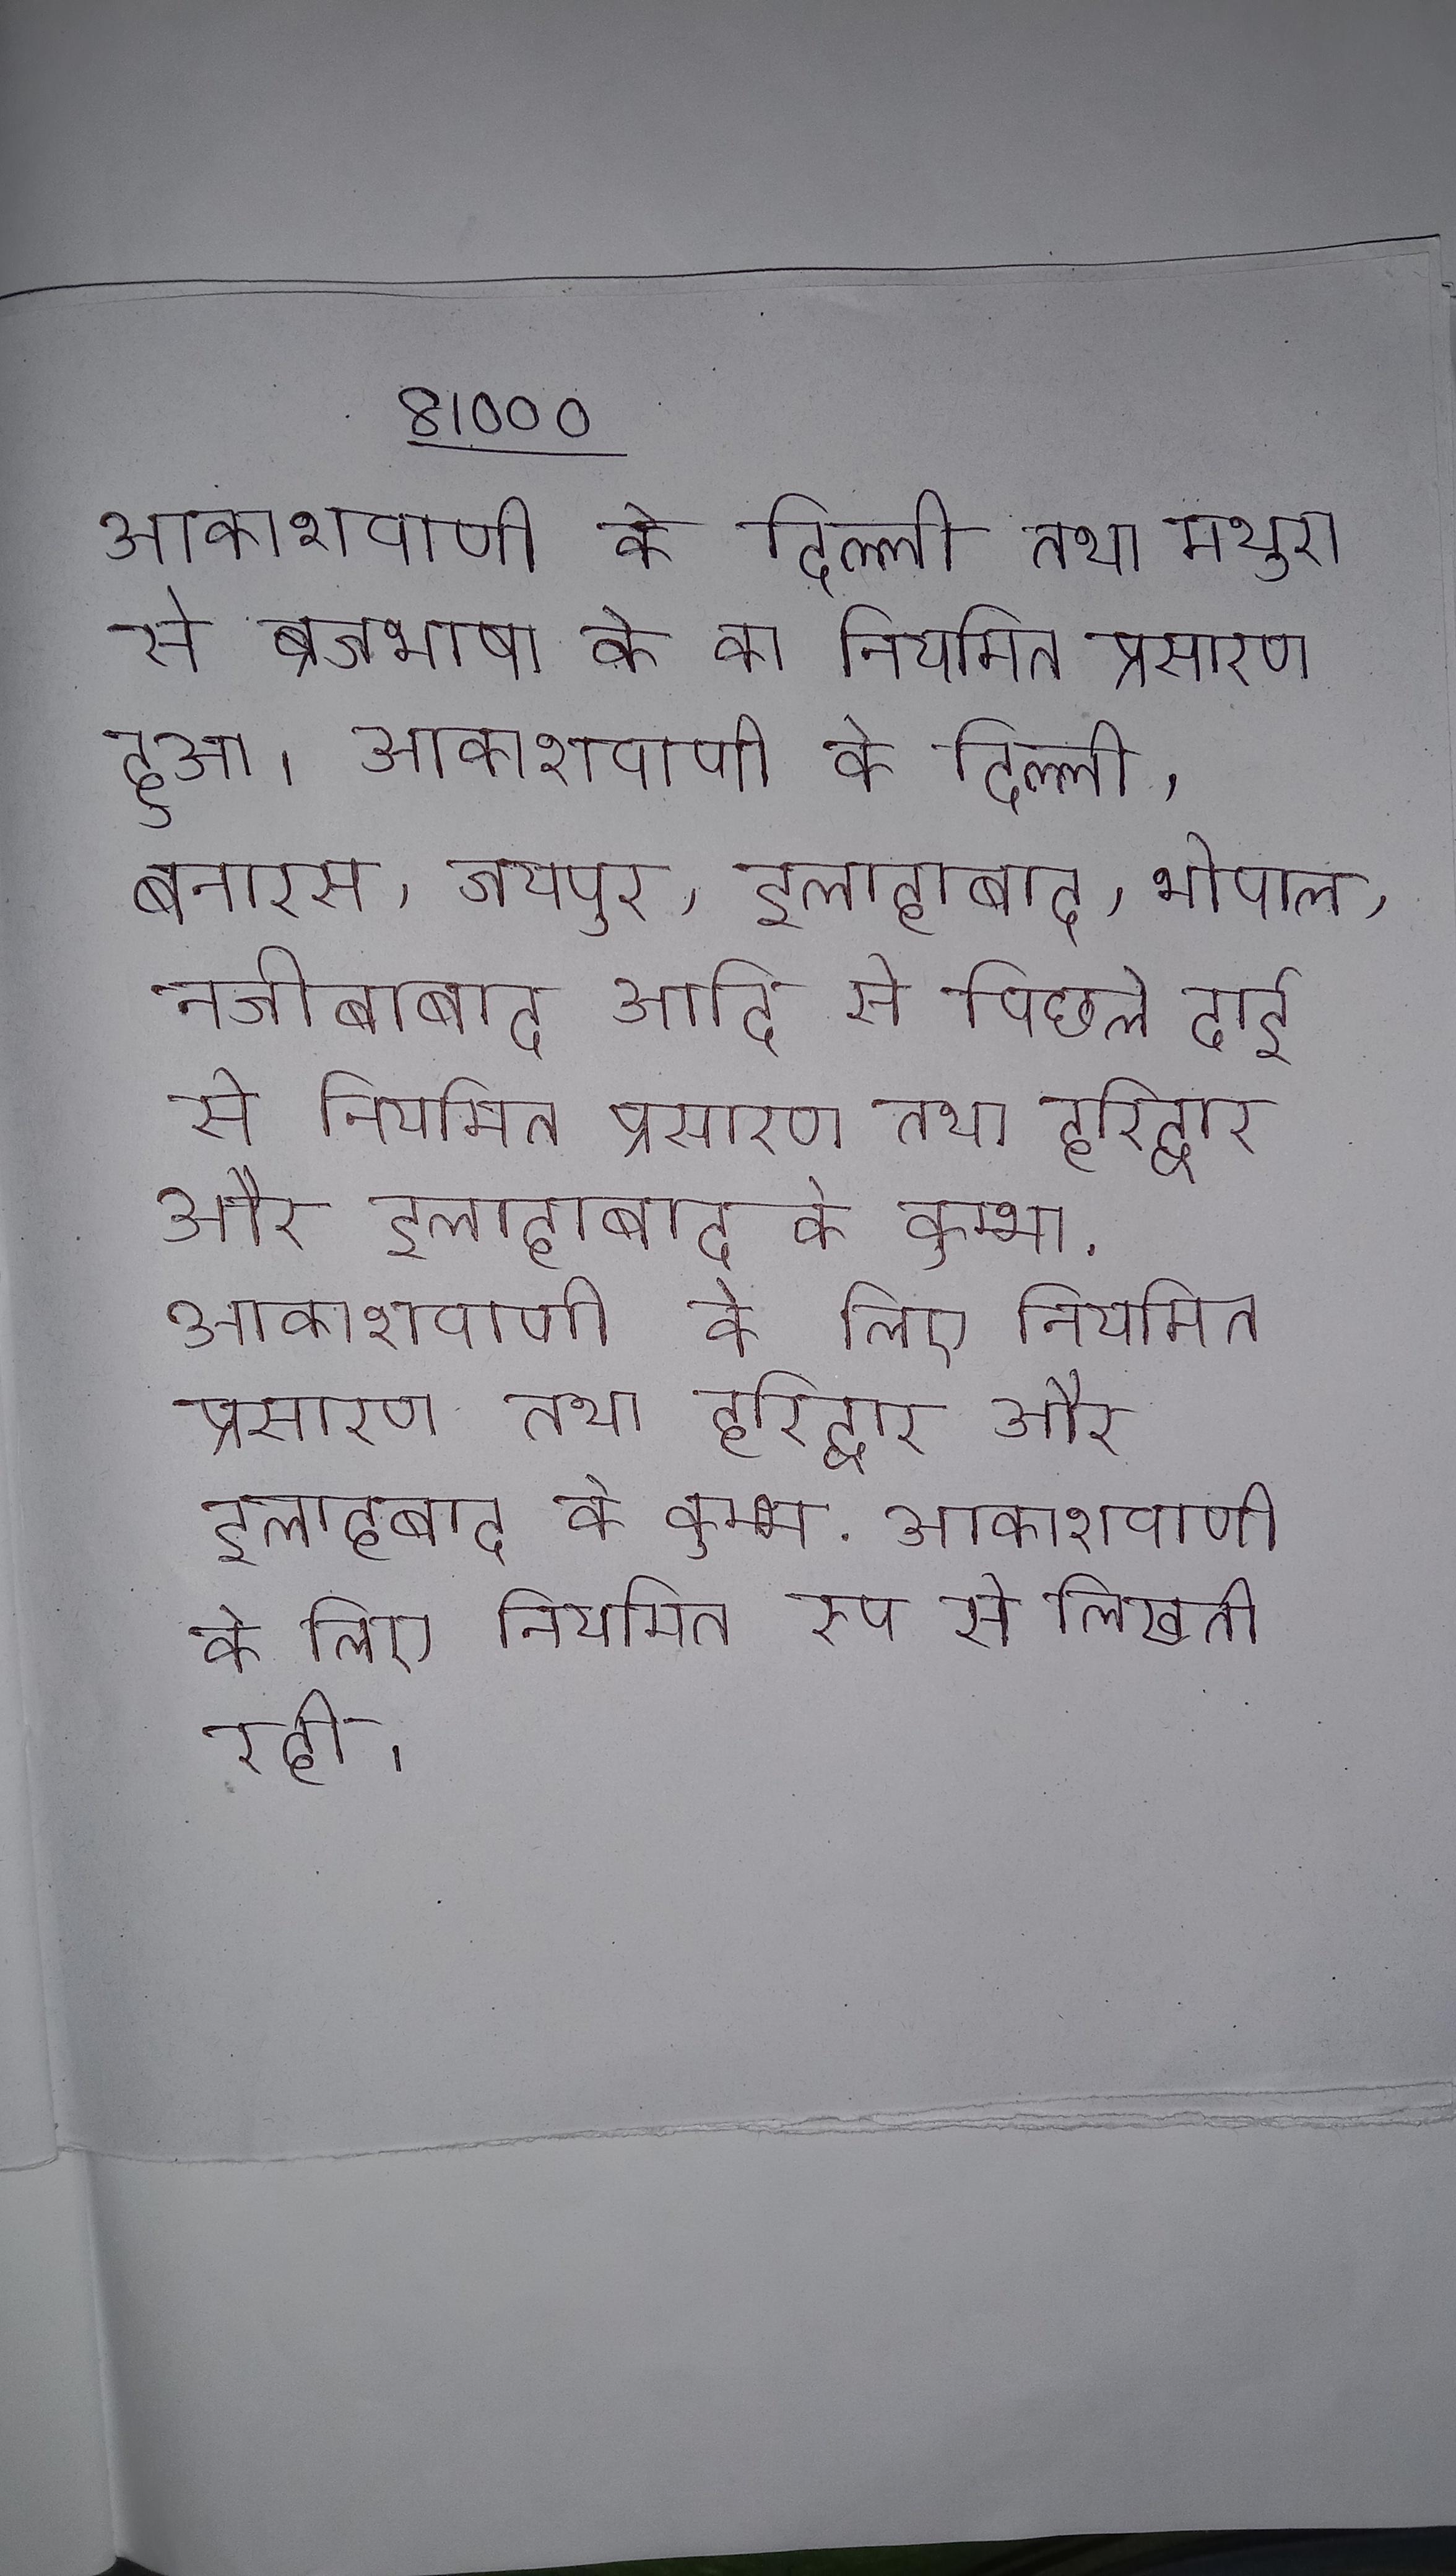
आकाशवाणी के दिल्ली तथा मथुरा से ब्रजभाषा के का नियमित प्रसारण हुआ । आकाशवाणी के दिल्ली, बनारस, जयपुर, इलाहाबाद, भोपाल, नजीबाबाद आदि से पिछले ढाई से नियमित प्रसारण तथा हरिद्वार और इलाहाबाद के कुम्भ . आकाशवाणी के लिए नियमित रूप से लिखती रही ।